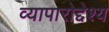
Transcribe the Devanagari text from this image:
व्यापारोद्देश्य